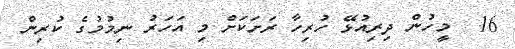
16  މީހުން ދިރިއުޅޭ ހުރިހާ ރަށަކަށް މި އަހަރު ނިމުމުގެ ކުރިން